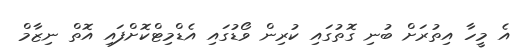
އެ މީހާ އިތުރަށް ބުނި ގޮތުގައި ކުރިން ވޯޑުގައި އެޑްމިޓްކޮށްފައި އޮތް ނިޒާމް